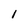
Character: 1